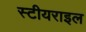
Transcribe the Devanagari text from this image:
स्टीयराइल